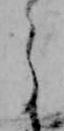
う